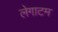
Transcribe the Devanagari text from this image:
लेगाटम